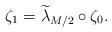
LaTeX: \begin{align*}\zeta_1 =\widetilde{\lambda}_{M/2}\circ \zeta_0. \end{align*}